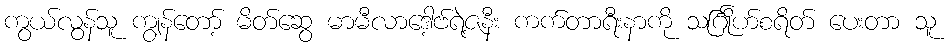
ကွယ်လွန်သူ ကျွန်တော့် မိတ်ဆွေ မာမီလာဒေါ့ဗ်ရဲ့ဇနီး ကက်တာရီးနာကို သင်္ဂြိုဟ်စရိတ် ပေးတာ သူ